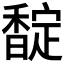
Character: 𮩪